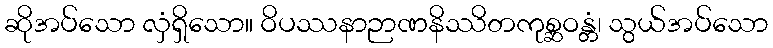
ဆိုအပ်သော လှံရှိသော။ ဝိပဿနာဉာဏနိဿိတကုစ္ဆဝန္တံ၊ သွယ်အပ်သော